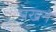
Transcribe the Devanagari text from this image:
पखने